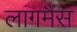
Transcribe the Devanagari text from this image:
लांगमैंस